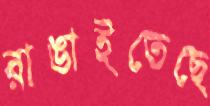
রাঙাইতেছে